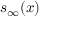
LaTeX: s _ { \infty } ( x )